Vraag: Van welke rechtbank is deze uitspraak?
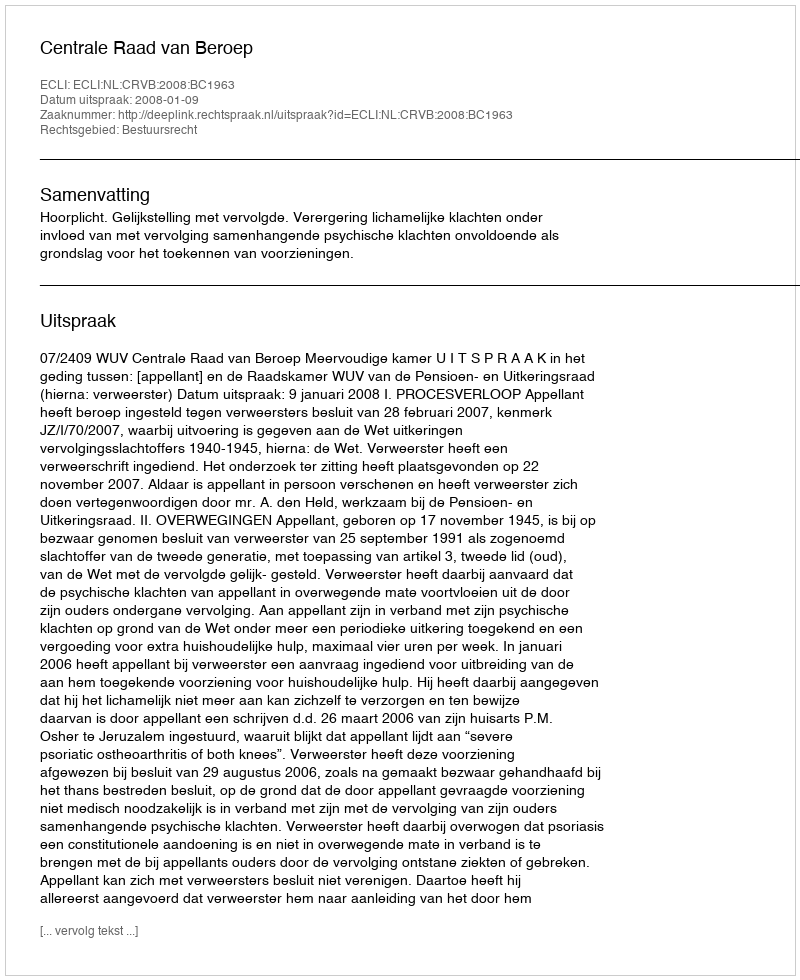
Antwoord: Centrale Raad van Beroep